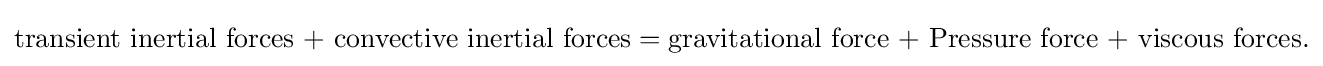
{\text{transient inertial forces + convective inertial forces}}={\text{gravitational force + Pressure force + viscous forces}}.\,\!